Leaving Certificate Examination (including Day School Certificate (Higher) General paper), 1928
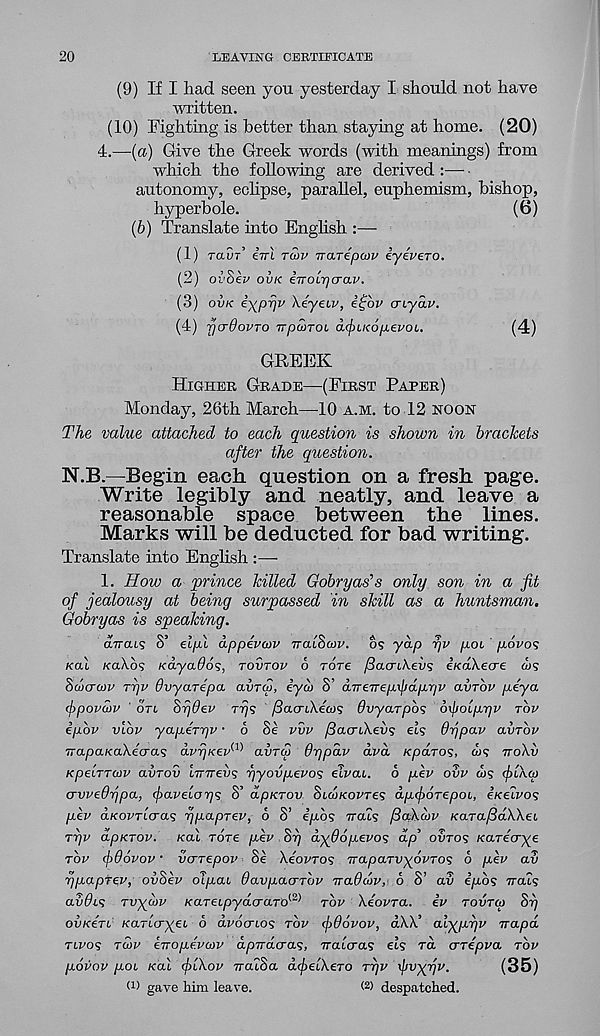
20
LEAVING CERTIFICATE
(9) If I had seen you yesterday I should not have
Avritten.
(10) Fighting is better than staying at home. (20)
4.—(a) Give the Greek words (with meanings) from
which the following are derived :— ■
autonomy, eclipse, parallel, euphemism, bishop,
hyperbole.
(b) Translate into Enghsh :—
(1) raDr’ iirl TU>V narepup iyevero.
(2) oi’oev OVK iTTOLpcrav.
(3) OVK iypw Xeyeiy, i£bv cnyav.
(4) jj(r6ovTo rrpanoL a(f)u<6p.evoL.
GREEK
HIGHER GRADE—(FIRST PAPER)
Monday, 26th March—10 A.M. to 12 NOON
The value attached to each question is shown in brackets
after the question.
N.B.—Begin each question on a fresh page.
Write legibly and neatly, and leave a
reasonable space between the lines.
Marks will be deducted for bad writing.
Translate into English :—
1. How a prince killed Gobryas’s only son in a fit
of jealousy at being surpassed in skill as a huntsman.
Gobryas is speaking.
(XTrai? S’ elpl dppevcov rralScov. os yap yv p.0L povos
/ecu KOXOS Kayados, TOVTOP 6 Tore /SacriAeos iKakecre <us
Sdcrcov Tyv Ovyarepa avrw, iyeb S’ dTreTTep\jjdpriv avrbv peya
(fipovaiv ' OTL Srjdev Trj<; fSacrikecos Ovyarpos oxjjolpyv TOP
ipbp VLOP yapeTyv ■ 6 Se PVP /lacriXevs ets Oypav avTOP
TrapcLKakecras avrjKev' ' avreo thrjpav ava Kparos, co? TTOAU
KpeLTTatp avrov tTTTrevs yyovpepo'; elpau. 6 pep OVP ws (f)ik(p
crvpeOrjpa, fapeLorp; S’ dpKrov Si,coKOPTe<; apforepoL, eKeipos
pep aKOPTLcras ypaprep, 6 S’ epos TTCUS /3a\a>p Kara/SdWeL
Typ dpKTOP. /cat rore pep Sr/ dy^dopepos dp’ OVTOS /carecrye
TOP (jrdopop ■ verrepop Se Xeopros Traparvyopros o pep av
r/paprep, ovSep oipai davpaerrop nadcop, 6 S’ av epos rrais
avdis rvyojp KaTeLpyd(Taro {2> TOP XeoPTa. ip TOVTOJ ST)
OVKITL KartVyet 6 dpocnos TOP cjjdopop, dXX’ alypr/p irapd
TLPOS Tcop eTropepajp apuderas, iratVas ets ra crTeppa TOP
popop pot /cat cfrlXop rratSa dipelXeTO TT/P ifjvyyp.
(35)
O) gave him leave.
< 2 > despatched.
(6)
(4)